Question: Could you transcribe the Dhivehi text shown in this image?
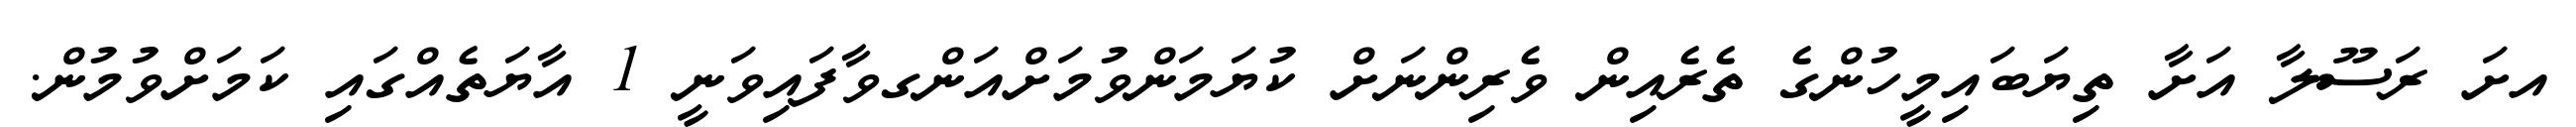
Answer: އށަ ރަސޫލާ އަށާ ތިޔަބައިމީހުންގެ ތެރެއިން ވެރިންނަށް ކުޔަމަންވުމަށްއަންގވާފައިވަނީ 1 އާޔަތެއްގައި ކަމަށްވުމުން.